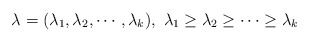
\begin{align*}\lambda=(\lambda_1, \lambda_2, \cdots, \lambda_k), \ \lambda_1 \ge \lambda_2 \ge \cdots \ge \lambda_k\end{align*}